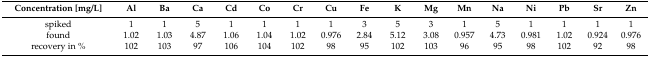
<table><thead><tr><td><b>Concentration [mg/L]</b></td><td><b>Al</b></td><td><b>Ba</b></td><td><b>Ca</b></td><td><b>Cd</b></td><td><b>Co</b></td><td><b>Cr</b></td><td><b>Cu</b></td><td><b>Fe</b></td><td><b>K</b></td><td><b>Mg</b></td><td><b>Mn</b></td><td><b>Na</b></td><td><b>Ni</b></td><td><b>Pb</b></td><td><b>Sr</b></td><td><b>Zn</b></td></tr></thead><tbody><tr><td>spiked</td><td>1</td><td>1</td><td>5</td><td>1</td><td>1</td><td>1</td><td>1</td><td>3</td><td>5</td><td>3</td><td>1</td><td>5</td><td>1</td><td>1</td><td>1</td><td>1</td></tr><tr><td>found</td><td>1.02</td><td>1.03</td><td>4.87</td><td>1.06</td><td>1.04</td><td>1.02</td><td>0.976</td><td>2.84</td><td>5.12</td><td>3.08</td><td>0.957</td><td>4.73</td><td>0.981</td><td>1.02</td><td>0.924</td><td>0.976</td></tr><tr><td>recovery in %</td><td>102</td><td>103</td><td>97</td><td>106</td><td>104</td><td>102</td><td>98</td><td>95</td><td>102</td><td>103</td><td>96</td><td>95</td><td>98</td><td>102</td><td>92</td><td>98</td></tr></tbody></table>